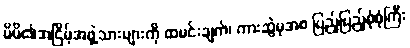
မိမိ၏အငြိမ့်အဖွဲ့သားများကို ထမင်းချက်၊ ကားဆွဲမှအစ ပြည့်ပြည့်စုံစုံကြီး